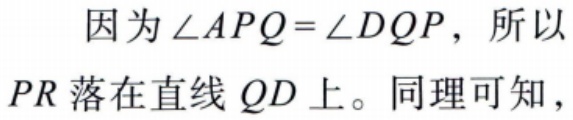
因为\(\angle APQ = \angle DQP\)，所以\(PR\)落在直线\(QD\)上。同理可知，